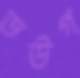
ডউগ